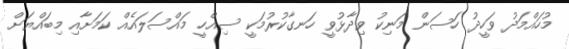
މުހައްމަދު ވަހީދު ހަސަން މަނިކު ވިދާޅުވީ ހަނގާކުރުމަކީ ސިއްހީ މައްސަލައެއް ކަމަށާއި މިބައްޔަށް